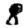
Digit: 8